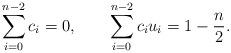
LaTeX: \begin{align*}\sum_{i=0}^{n-2}c_i=0,\qquad \sum_{i=0}^{n-2}c_iu_i=1-{n\over 2}.\end{align*}